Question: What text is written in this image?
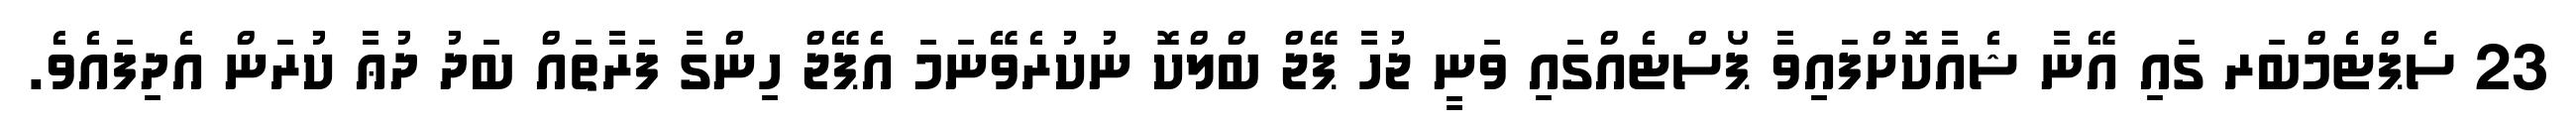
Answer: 23 ސެޕްޓެމްބަރ ގައި އޭނާ ޝެއާކޮށްފައިވާ ޕޯސްޓެއްގައި ވަނީ ޖުހާ ޕޭޖް ބްލްކޮ ނުކުރެވޭނަމަ އެޕޭޖް ހިންގާ ފަރާތައް ބަދު ދުޢާ ކުރަން އެދިފައެވެ.